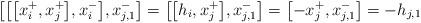
LaTeX: \begin{gather*}\big[\big[\big[x_i^+,x_j^+\big],x_i^-\big],x_{j,1}^-\big]=\big[\big[h_i,x_j^+\big],x_{j,1}^-\big]=\big[{-}x_j^+,x_{j,1}^-\big]=-h_{j,1}\end{gather*}